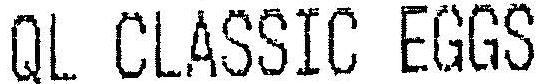
QL CLASSIC EGGS